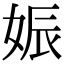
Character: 娠